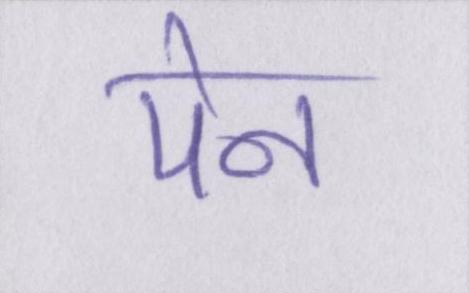
पेन